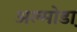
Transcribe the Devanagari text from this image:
अल्मोडा़